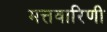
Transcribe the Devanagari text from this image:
मत्तवारिणी